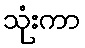
သုံးကာ